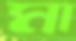
মা